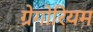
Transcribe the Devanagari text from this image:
ग्रेगोरियम